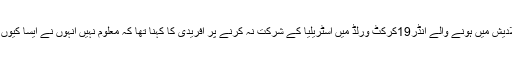
بنگلادیش میں ہونے والے انڈر19کرکٹ ورلڈ میں آسٹریلیا کے شرکت نہ کرنے پر آفریدی کا کہنا تھا کہ معلوم نہیں انہوں نے ایسا کیوں کیا؟